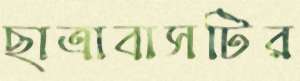
ছাত্রাবাসটির